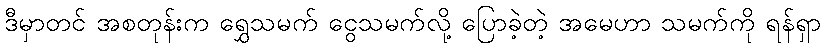
ဒီမှာတင် အစတုန်းက ရွှေသမက် ငွေသမက်လို့ ပြောခဲ့တဲ့ အမေဟာ သမက်ကို ရန်ရှာ